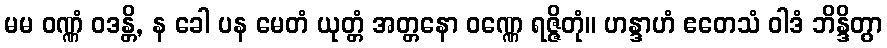
မမ ဝဏ္ဏံ ဝဒန္တိ, န ခေါ ပန မေတံ ယုတ္တံ အတ္တနော ဝဏ္ဏေ ရဇ္ဇိတုံ။ ဟန္ဒာဟံ ဧတေသံ ဝါဒံ ဘိန္ဒိတွာ